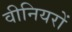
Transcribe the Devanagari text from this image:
वीनियरों